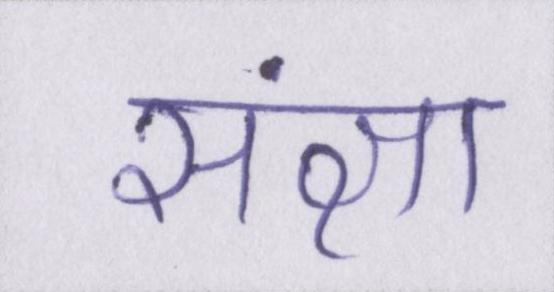
संज्ञा